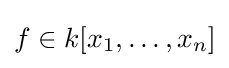
f\in k[x_{1},\ldots ,x_{n}]